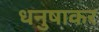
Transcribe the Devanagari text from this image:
धनुषाकर